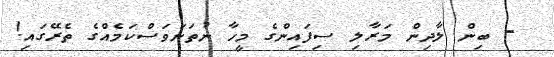
- ބިން ލާދިން މަރާލި ސިފައިންގެ މީހާ ނުތަނަވަސްކަމެއްގެ ތެރޭގައި!